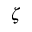
\zeta